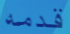
قدمه